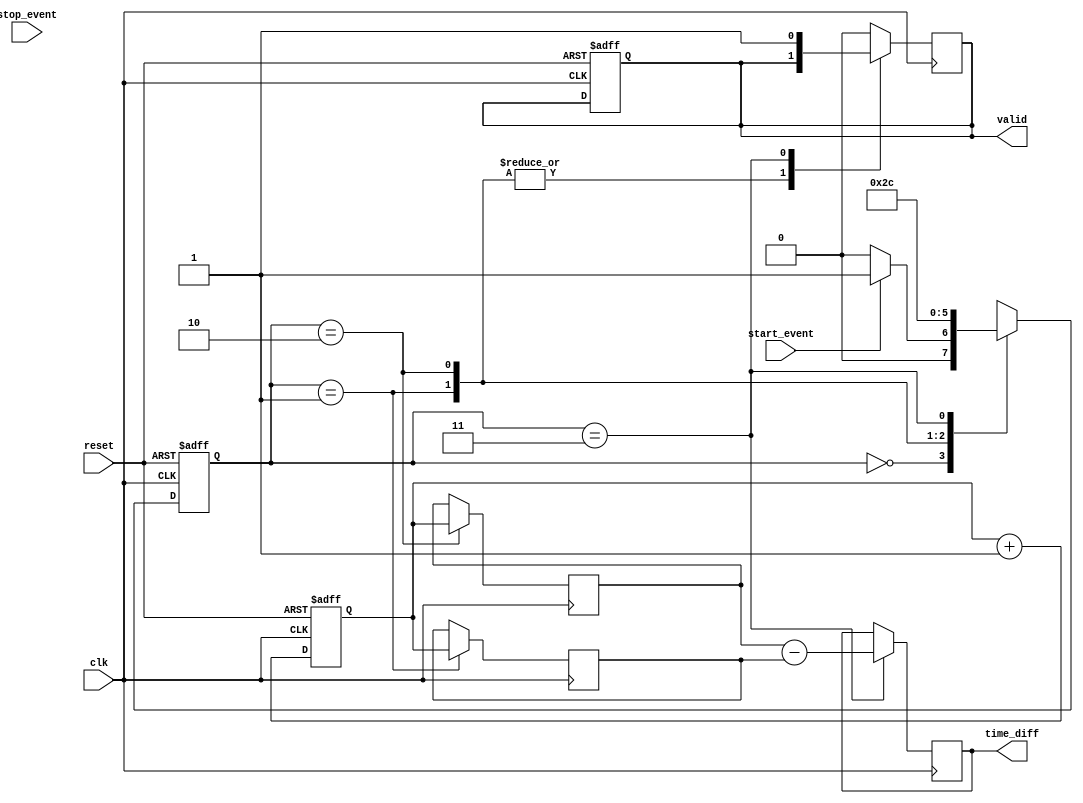
module synchronized_tdc (
    input wire clk,                // Primary clock input
    input wire reset,              // Reset signal
    input wire start_event,        // Start event signal
    input wire stop_event,         // Stop event signal
    output reg [31:0] time_diff,   // Output time difference
    output reg valid               // Output valid signal
);

    // Parameters
    parameter MEM_SIZE = 2;        // Number of capture memory entries
    parameter COUNTER_WIDTH = 32;  // Width of the counter

    // Internal signals
    reg [COUNTER_WIDTH-1:0] counter;                // High-resolution counter
    reg [COUNTER_WIDTH-1:0] capture_memory [0:MEM_SIZE-1]; // Capture memory
    reg [1:0] state;                               // FSM state
    reg [1:0] next_state;                          // Next state for FSM
    reg [COUNTER_WIDTH-1:0] start_time;           // Start timestamp
    reg [COUNTER_WIDTH-1:0] stop_time;            // Stop timestamp
    reg [1:0] mem_index;                           // Memory index for capturing timestamps

    // State encoding
    localparam IDLE = 2'b00;
    localparam CAPTURE_START = 2'b01;
    localparam CAPTURE_STOP = 2'b10;
    localparam CALCULATE = 2'b11;

    // Counter logic
    always @(posedge clk or posedge reset) begin
        if (reset) begin
            counter <= 0;
        end else begin
            counter <= counter + 1;
        end
    end

    // State machine for TDC operation
    always @(posedge clk or posedge reset) begin
        if (reset) begin
            state <= IDLE;
            valid <= 0;
            mem_index <= 0;
        end else begin
            state <= next_state;
        end
    end

    // Next state logic
    always @(*) begin
        case (state)
            IDLE: begin
                if (start_event) begin
                    next_state = CAPTURE_START;
                end else begin
                    next_state = IDLE;
                end
            end
            CAPTURE_START: begin
                next_state = CAPTURE_STOP;
            end
            CAPTURE_STOP: begin
                next_state = CALCULATE;
            end
            CALCULATE: begin
                next_state = IDLE;
            end
            default: next_state = IDLE;
        endcase
    end

    // Capture logic
    always @(posedge clk) begin
        case (state)
            CAPTURE_START: begin
                capture_memory[mem_index] <= counter; // Store start timestamp
                start_time <= counter;
                mem_index <= mem_index + 1;
            end
            CAPTURE_STOP: begin
                capture_memory[mem_index] <= counter; // Store stop timestamp
                stop_time <= counter;
            end
            CALCULATE: begin
                time_diff <= stop_time - start_time; // Calculate time difference
                valid <= 1; // Indicate valid output
            end
            default: begin
                valid <= 0; // Clear valid signal
            end
        endcase
    end

    // Reset memory index after calculation
    always @(posedge clk or posedge reset) begin
        if (reset) begin
            mem_index <= 0;
        end else if (state == CALCULATE) begin
            mem_index <= 0; // Reset index for next capture
        end
    end

endmodule